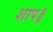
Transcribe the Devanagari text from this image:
शाप॥